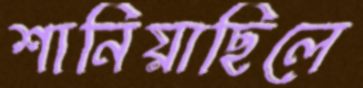
শানিয়াছিলে